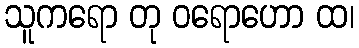
သူကရော တု ဝရောဟော ထ၊